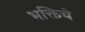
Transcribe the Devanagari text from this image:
भक्तिचे